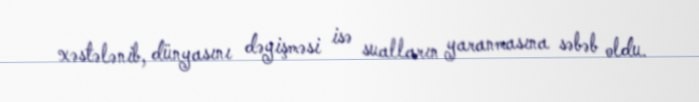
xəstələnib, dünyasını dəyişməsi isə sualların yaranmasına səbəb oldu.